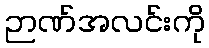
ဉာဏ်အလင်းကို